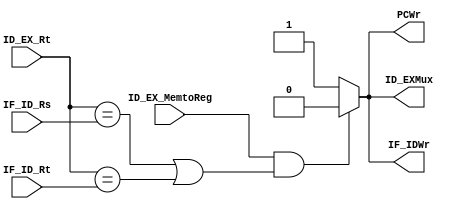
module Hazard_detection(PCWr,IF_IDWr,ID_EXMux,ID_EX_MemtoReg,ID_EX_Rt,IF_ID_Rs,IF_ID_Rt);
output reg PCWr,IF_IDWr,ID_EXMux;
input ID_EX_MemtoReg;
input[4:0] ID_EX_Rt,IF_ID_Rs,IF_ID_Rt;

always@(ID_EX_MemtoReg or ID_EX_Rt or IF_ID_Rs or IF_ID_Rt)
begin
	if(ID_EX_MemtoReg && (ID_EX_Rt==IF_ID_Rs || ID_EX_Rt==IF_ID_Rt) )
	begin
		PCWr<=0;
		IF_IDWr<=0;
		ID_EXMux<=0;
	end
	else begin
		PCWr<=1;
		IF_IDWr<=1;
		ID_EXMux<=1;
	end
end

endmodule